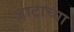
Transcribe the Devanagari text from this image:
जाटाच्या